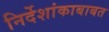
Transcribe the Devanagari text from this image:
निर्देशांकाबाबत